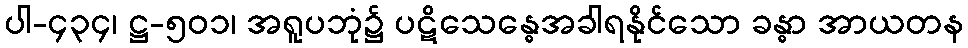
ပါ-၄၃၄၊ ဋ္ဌ-၅၀၁၊ အရူပဘုံ၌ ပဋိသေန္ဓေအခါရနိုင်သော ခန္ဓာ အာယတန